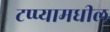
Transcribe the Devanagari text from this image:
टप्प्यामधील